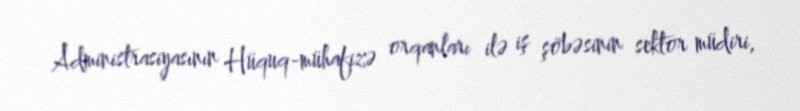
Administrasiyasının Hüquq-mühafizə orqanları ilə iş şöbəsinin sektor müdiri,